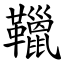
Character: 䪉